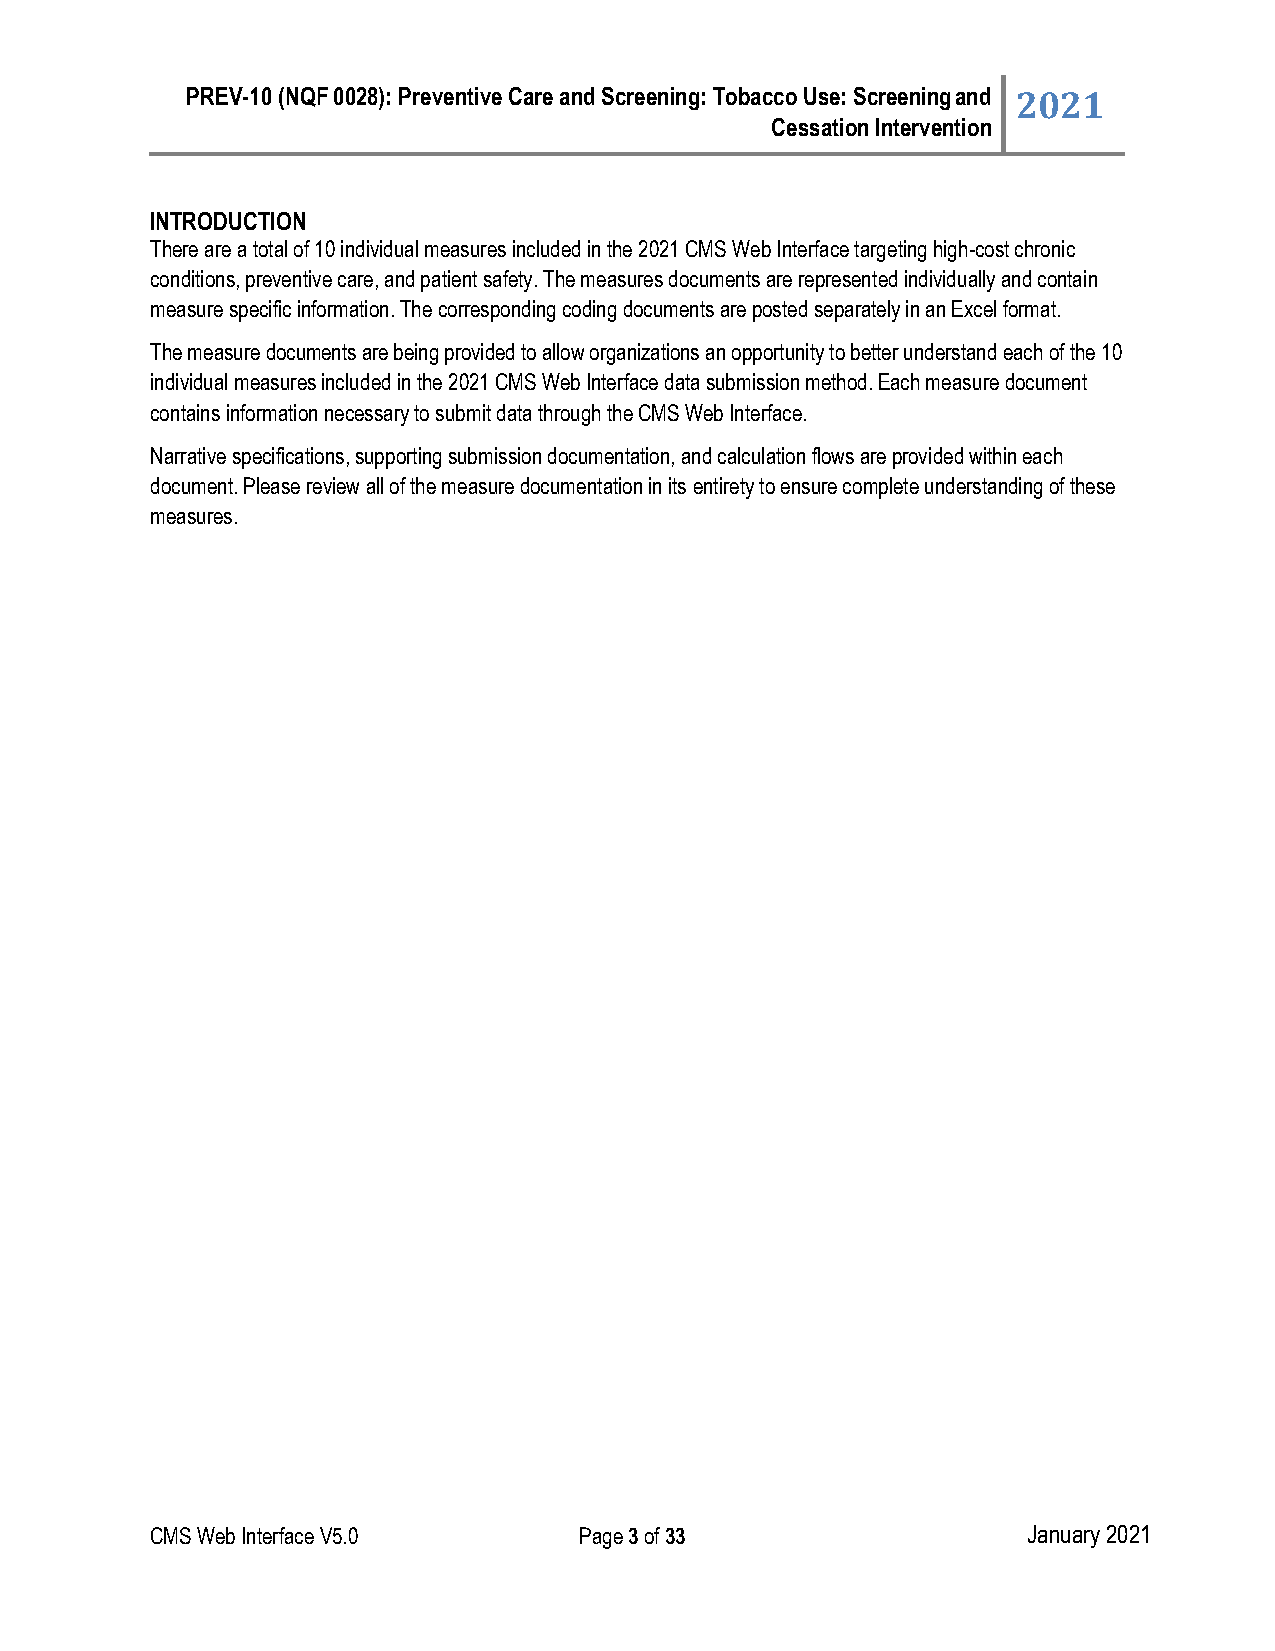
PREV-10 (NQF 0028): Preventive Care and Screening: Tobacco Use: Screening and 2021
 Cessation Intervention
 INTRODUCTION
 There are a total of 10 individual measures included in the 2021 CMS Web Interface targeting high-cost chronic
 conditions, preventive care, and patient safety. The measures documents are represented individually and contain
 measure specific information. The corresponding coding documents are posted separately in an Excel format.
 The measure documents are being provided to allow organizations an opportunity to better understand each of the 10
 individual measures included in the 2021 CMS Web Interface data submission method. Each measure document
 contains information necessary to submit data through the CMS Web Interface.
 Narrative specifications, supporting submission documentation, and calculation flows are provided within each
 document. Please review all of the measure documentation in its entirety to ensure complete understanding of these
 measures.
 CMS Web Interface V5.0      Page 3 of 33                  January 2021